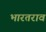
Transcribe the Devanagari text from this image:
भारतराव